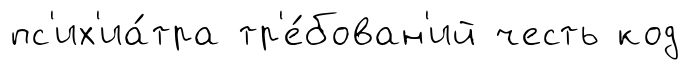
пс'их'иа́тра тр'е́бован'ий честь код